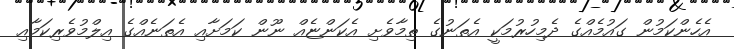
އެހެންކަމުން ގައުމެއްގެ ދެމިހުރުމަކީ އެތަނުގެ ތިމާވެށި އެކަންޏެއް ނޫން ކަމަށާއި އެތަނެއްގެ އިލްމުވެރިކަމާއި